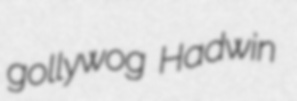
gollywog Hadwin